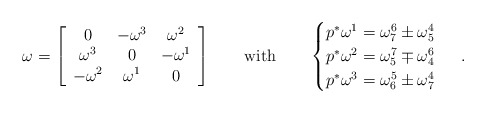
\begin{align*} \omega=\left[\begin{array}{ccc} 0 & -\omega^3 &\omega^2 \\ \omega^3& 0 &-\omega^1 \\ -\omega^2 &\omega^1 &0 \end{array} \right] \qquad\mbox{with}\qquad\begin{cases} p^*\omega^1=\omega^6_7\pm\omega^4_5\\ p^*\omega^2=\omega^7_5\mp\omega^6_4 \\ p^*\omega^3=\omega^5_6\pm\omega^4_7\end{cases}\ .\end{align*}